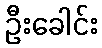
ဦးခေါင်း